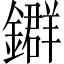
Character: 𨮉